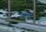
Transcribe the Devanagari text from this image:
वाग्मट